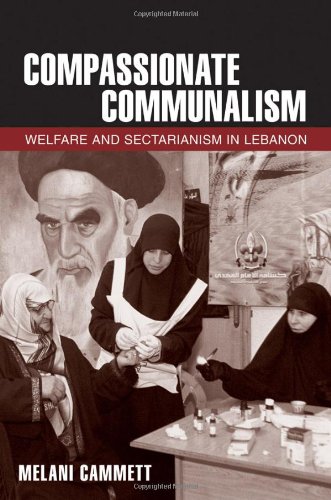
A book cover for Compassionate Communalism: Welfare and Sectarianism in Lebanon; Melani Cammett; History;